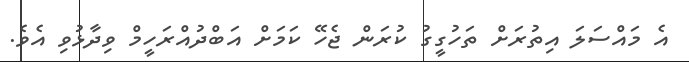
އެ މައްސަލަ އިތުރަށް ތަހުގީގު ކުރަން ޖެހޭ ކަމަށް އަބްދުއްރަހީމް ވިދާޅުވި އެވެ.